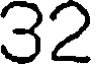
32